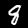
Label: 8